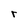
Character: r